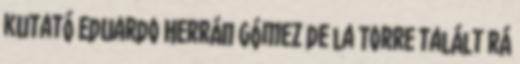
kutató Eduardo Herrán Gómez de la Torre talált rá